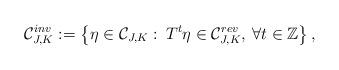
LaTeX: \begin{align*}\mathcal{C}_{J,K}^{inv}:=\left\{\eta\in\mathcal{C}_{J,K}:\:T^t\eta\in\mathcal{C}^{rev}_{J,K},\:\forall t\in\mathbb{Z}\right\},\end{align*}